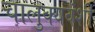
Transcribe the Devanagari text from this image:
चालुक्यवंशी